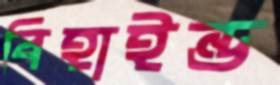
বিহাইন্ড